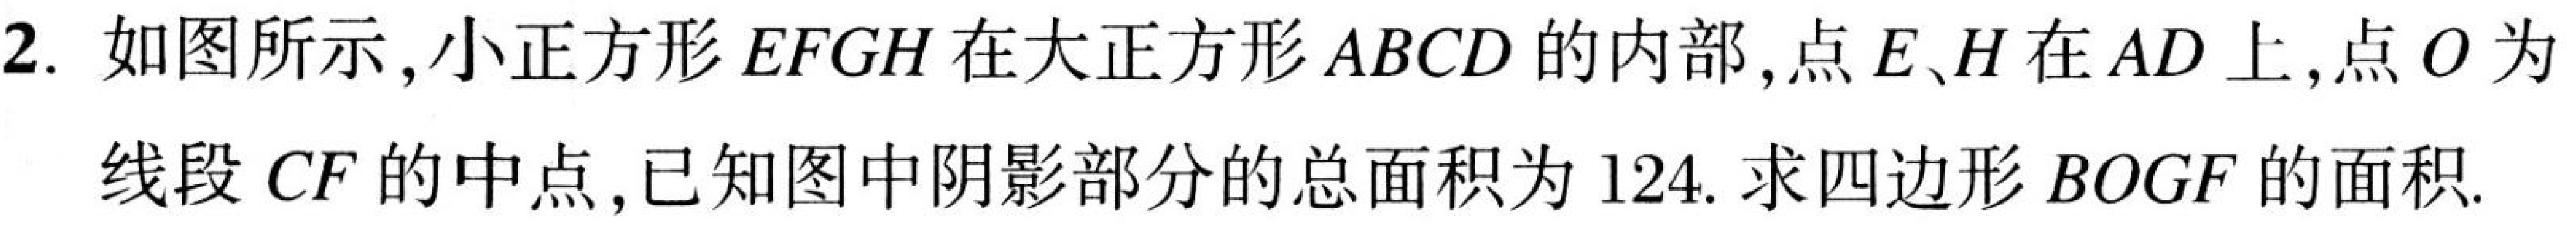
2. 如图所示,小正方形\(EFGH\)在大正方形\(ABCD\)的内部,点\(E、H\)在\(AD\)上,点\(O\)为
线段\(CF\)的中点,已知图中阴影部分的总面积为\(124\). 求四边形\(BOGF\)的面积.